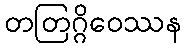
တတြဂ္ဂိဝေဿန